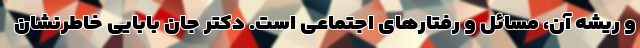
و ریشه آن، مسائل و رفتارهای اجتماعی است. دکتر جان بابایی خاطرنشان